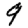
Digit: 9